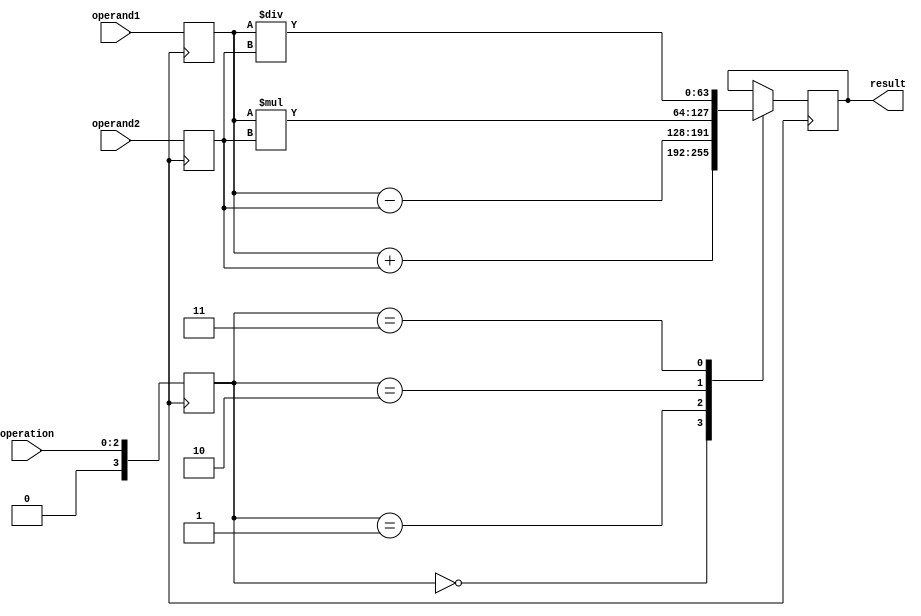
module extended_precision_fp_unit (
    input wire [63:0] operand1,
    input wire [63:0] operand2,
    input wire [2:0] operation,
    output reg [63:0] result
);

reg [63:0] operand1_reg;
reg [63:0] operand2_reg;
reg [3:0] operation_reg;

always @(posedge clk) begin
    operand1_reg <= operand1;
    operand2_reg <= operand2;
    operation_reg <= operation;
    
    case(operation_reg)
        3'b000: // Perform addition operation
            result <= operand1_reg + operand2_reg;
        3'b001: // Perform subtraction operation
            result <= operand1_reg - operand2_reg;
        3'b010: // Perform multiplication operation
            result <= operand1_reg * operand2_reg;
        3'b011: // Perform division operation
            result <= operand1_reg / operand2_reg;
    endcase
end

endmodule